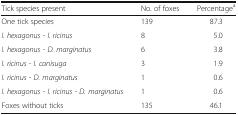
<table><thead><tr><td><b>Tick species present</b></td><td><b>No. of foxes</b></td><td><b>Percentage<sup>a</sup></b></td></tr></thead><tbody><tr><td>One tick species</td><td>139</td><td>87.3</td></tr><tr><td><i>I. hexagonus - I. ricinus</i></td><td>8</td><td>5.0</td></tr><tr><td><i>I. hexagonus - D. marginatus</i></td><td>6</td><td>3.8</td></tr><tr><td><i>I. ricinus - I. canisuga</i></td><td>3</td><td>1.9</td></tr><tr><td><i>I. ricinus - D. marginatus</i></td><td>1</td><td>0.6</td></tr><tr><td><i>I. hexagonus - I. ricinus - D. marginatus</i></td><td>1</td><td>0.6</td></tr><tr><td>Foxes without ticks</td><td>135</td><td>46.1</td></tr></tbody></table>